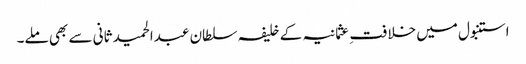
استنبول میں خلافت ِ عثمانیہ کے خلیفہ سلطان عبدالحمید ثانی سے بھی ملے۔